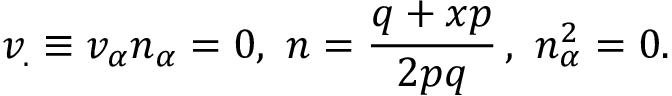
v _ { . } \equiv v _ { \alpha } n _ { \alpha } = 0 , \, \, n = \frac { q + x p } { 2 p q } \, , \, \, n _ { \alpha } ^ { 2 } = 0 .